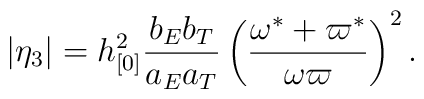
|\eta _{3}|=h_{[0]}^{2}\frac{b_{E}b_{T}}{a_{E}a_{T}}\left( \frac{\omega^{\ast }+\varpi ^{\ast }}{\omega \varpi }\right) ^{2}.